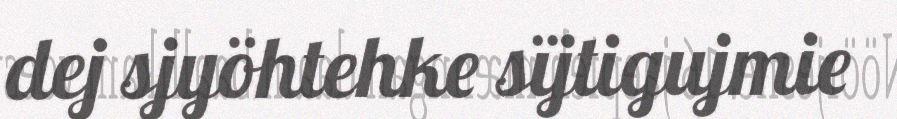
dej sjyöhtehke sïjtigujmie